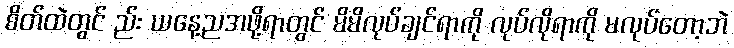
စိတ်ထဲတွင် ည်း ယနေ့ညအဖို့ရာတွင် မိမိလုပ်ချင်ရာကို လုပ်လိုရာကို မလုပ်တော့ဘဲ